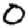
Digit: 0